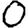
Digit: 0